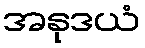
အနုဒယံ